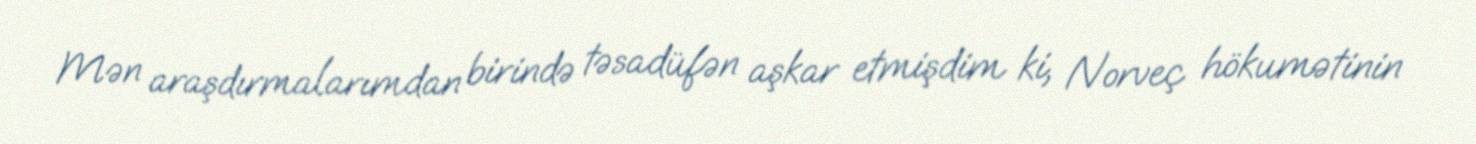
Mən araşdırmalarımdan birində təsadüfən aşkar etmişdim ki, Norveç hökumətinin